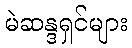
မဲဆန္ဒရှင်များ